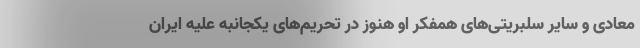
معادی و سایر سلبریتی‌های همفکر او هنوز در تحریم‌های یکجانبه علیه ایران